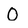
Character: 0